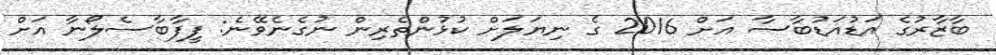
ބާޒާރުގެ އަޑުއަޑުބާސާ އަށް 2016 ގެ ނިޔަލަށް ކުޅުންތެރިން ނުގެނެވޭނެ: ފީފާބާސެލޯނާ އަށް